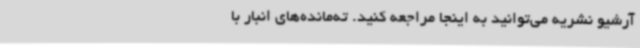
آرشیو نشریه می‌توانید به اینجا مراجعه کنید. ته‌مانده‌های انبار با